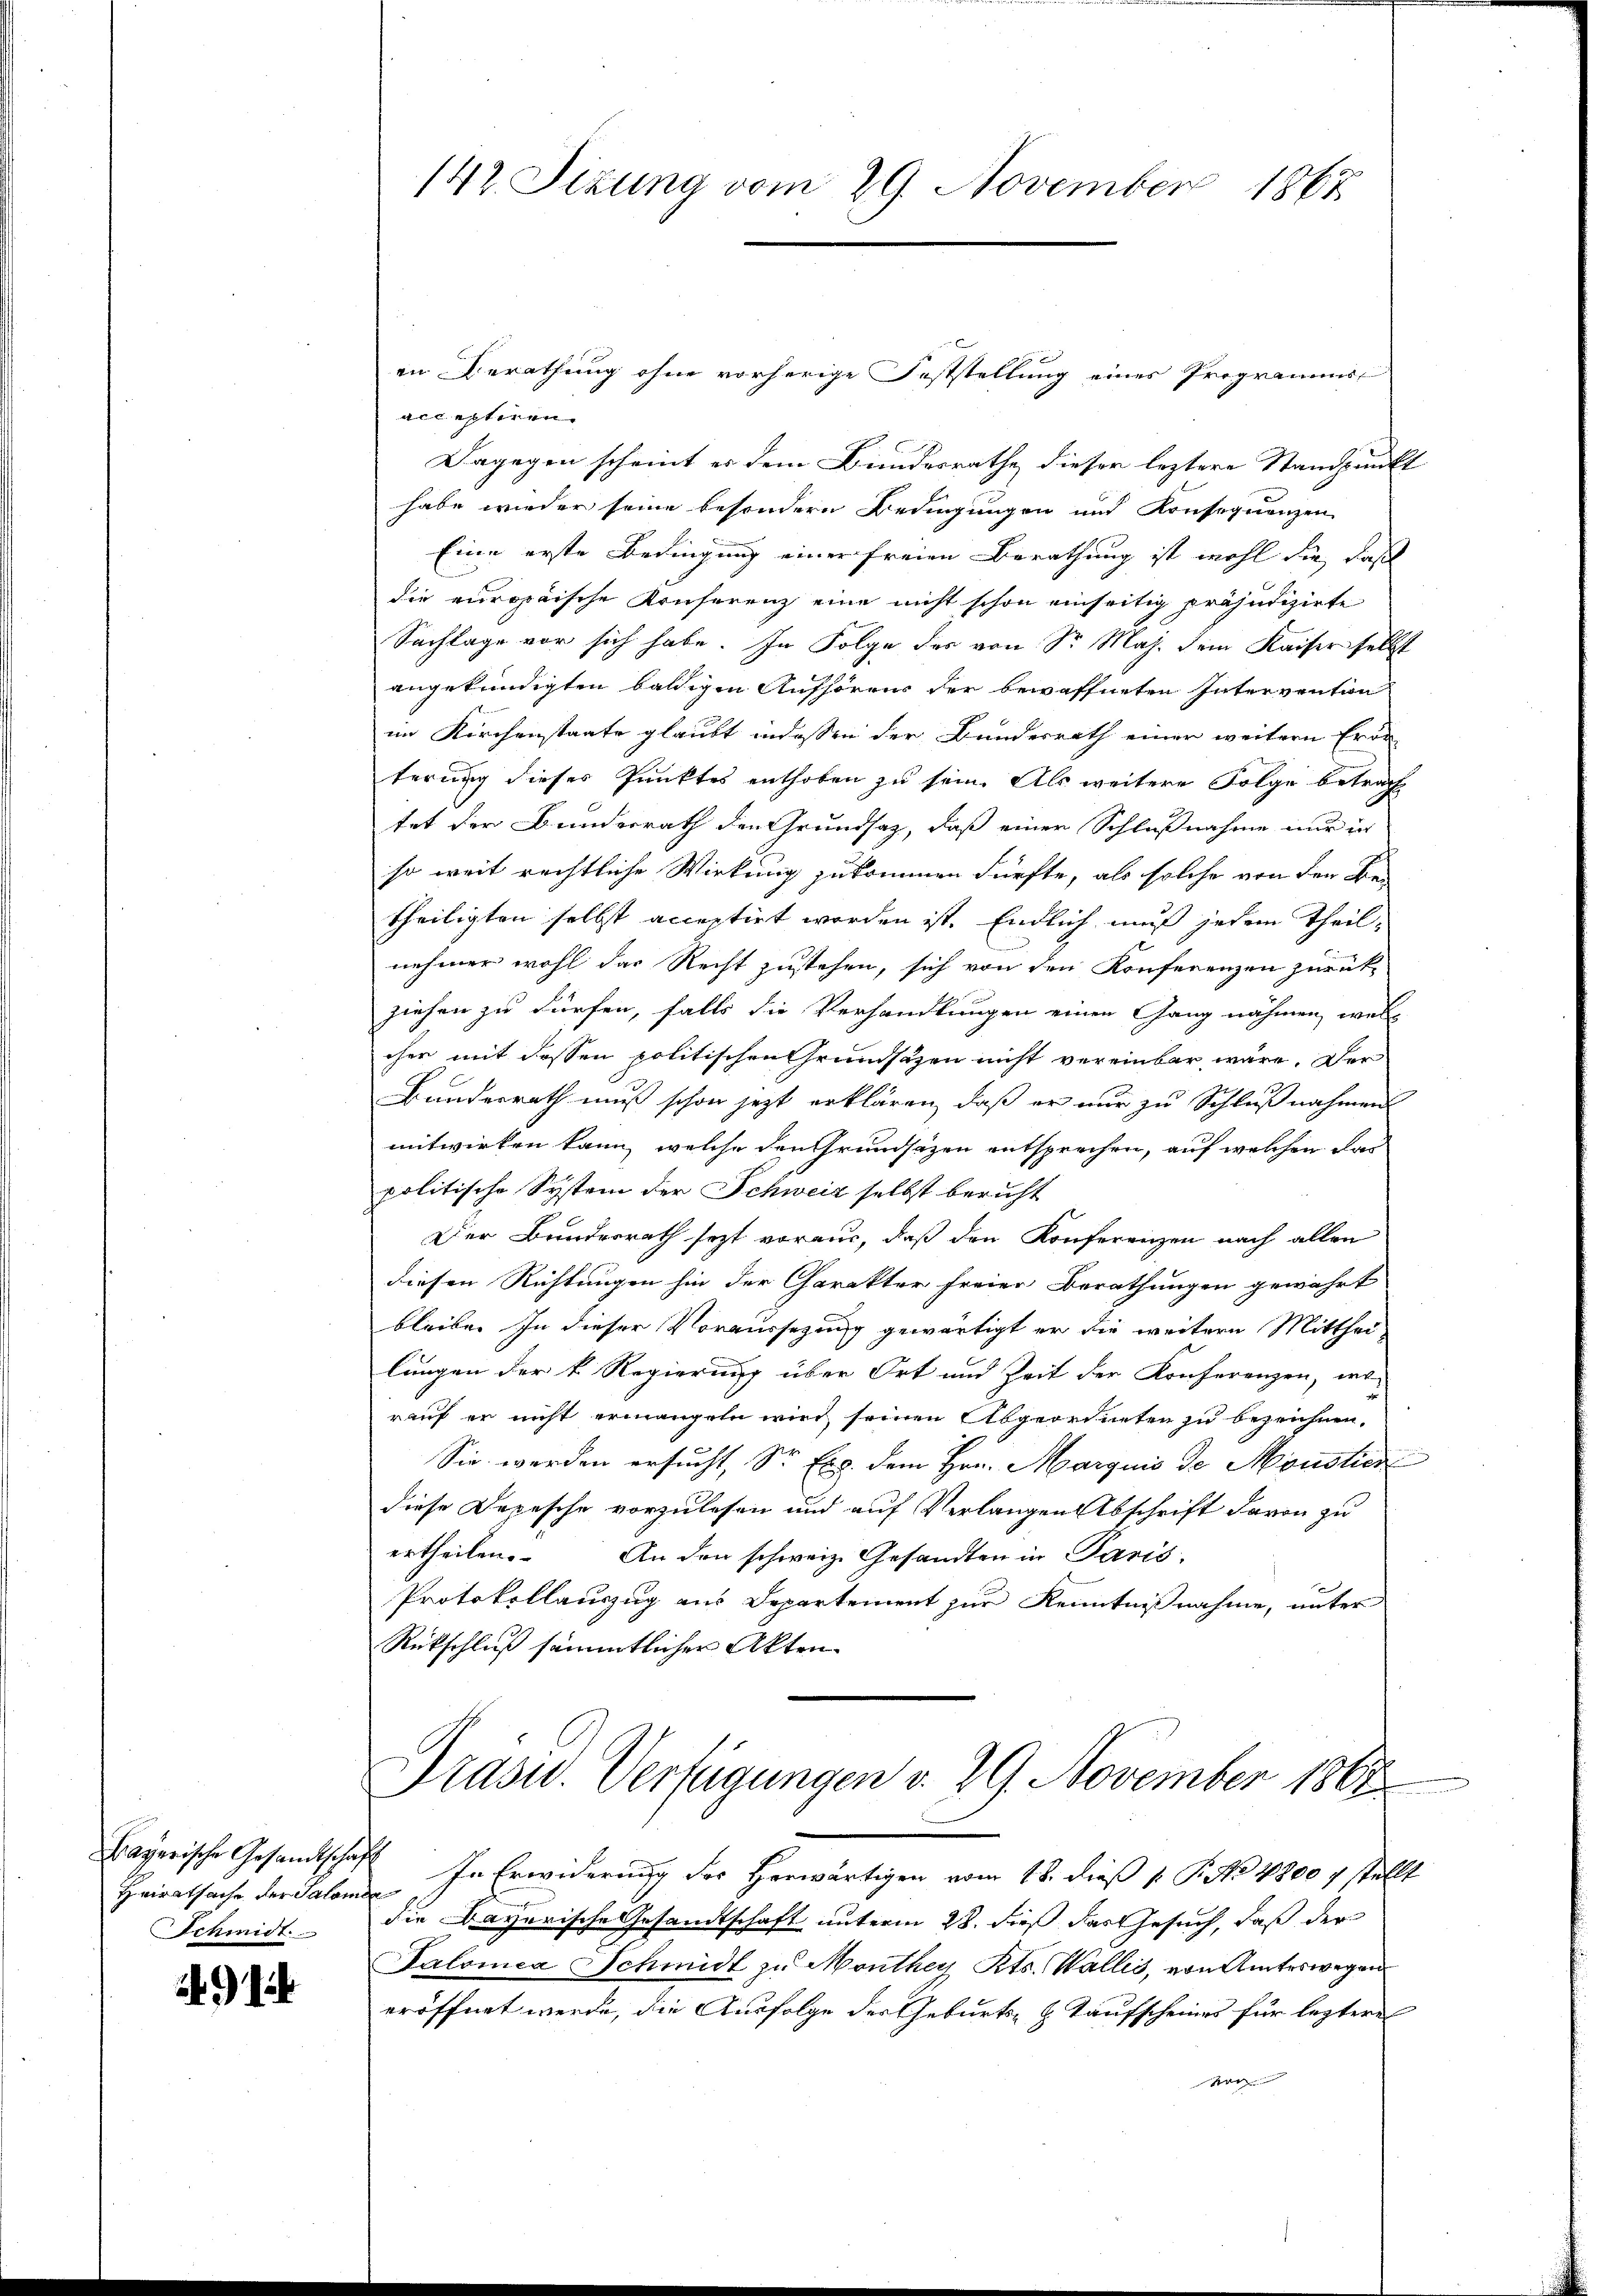
Bayerische Gesandtschaf
Heiratsache der Salame
Schmidt

914

142. Sizung vom 29. November 1867

in Berathung ohne vorherige Feststellung eines Programms
acceptiren.
Dagegen scheint er dem Bundesrathe dieser leztere Standpunkt
habe wieder seine besondere Bedingungen und Konsequenzen
Eine erste Bedingung einer freien Berathung ist wohl die daß
die europäische Konferenz eine nicht schon einseitig präjudizirte
Sachlage vor sich habe. In Folge des von Sr. Maj. dem Kaiser selbst
angekündigten baldigen Aufhörens der bewaffneten Intervention
im Kirchenstaate glaubt indessen der Bundesrath einer weitern Erör
terung dieses Punktes enthoben zu sein. Als weitere Folge betrach
tet der Bundesrath den Grundsatz, daß einer Schlußnahme nur in
so weit rechtliche Wirkung zukommen dürfte, als solche von den Bei
theiligten selbst acceptirt worden ist. Endlich muß jedem Theil
nehmer wohl das Recht zustehen, sich von den Konferenzen zurück-
ziehen zu dürfen, falls die Verhandlungen einen Gang nähmen, welc
cher mit dessen politischen Grundsätzen nicht vereinbar wäre. Der
Bundesrath muß schon jetzt erklären, daß er nur zu Schlußnahmen
mitwirken kann, welche den Grundsätzen entsprechen, auf welchen das
politische System der Schweiz selbst bericht
Der Bundesrath sezt voraus, daß den Konferenzen nach allen
diesen Richtungen hin der Charakter freier Berathungen gewährt
bleibe. In dieser Voraussezung gewärtigt er die weitern Mitthei-
lungen der k. Regierung über Ort und Zeit der Konferenzen, wo
rauf er nicht ermangeln wird, seinen Abgeordneten zu bezeichnen,
Sie werden ersucht, Sr. Exc. dem Hrn. Margnis de Moustos
diese Depesche vorzulesen und auf Verlangen Abschrift davon zu
ertheilen. An den schweiz. Gesandten in Paris.
Protokollauszug aus Departement zur Kenntnißnahme, unter
Rückschluß sämmtlicher Akten

Trasu. Verfügungen v. 29. November 1862

In Erwiderung der Herwärtigen vom 18. dieß 1. P. No 4800 7 stellt
die Bayerische Gesandtschaft unterm 28. dieß das Gesuch, daß der
Salomea Schmidt zu Monthey Kts. Wallis, von Amteswegen
eröffnet werde, die Ausfolge der Geburts- & Taufscheines für lezteres
e